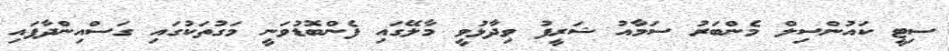
ސިޓީ ކައުންސިލް މެންބަރު ސަމާއު ޝަރީފު ވިދާޅުވީ މާލޭގައި ފެންބޮޑުވަނީ މަގުތަކުގައި ގަސްއިންދާފައި